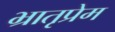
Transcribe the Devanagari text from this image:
भ्रातृप्रेम